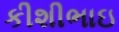
કીશીભાઇ